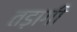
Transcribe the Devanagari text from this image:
तड़ागी